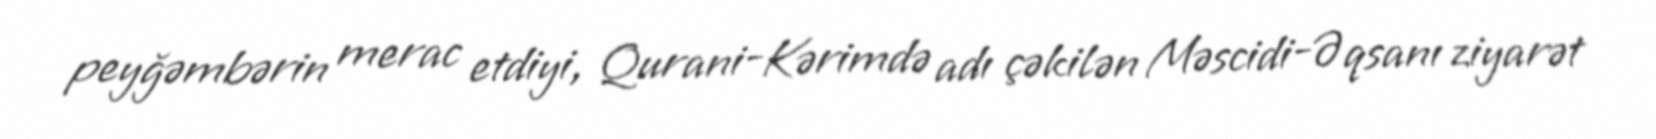
peyğəmbərin merac etdiyi, Qurani-Kərimdə adı çəkilən Məscidi-Əqsanı ziyarət